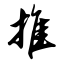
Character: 推